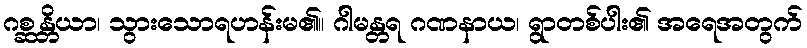
ဂစ္ဆန္တိယာ၊ သွားသောရဟန်းမ၏။ ဂါမန္တရ ဂဏနာယ၊ ရွာတစ်ပါး၏ အရေအတွက်